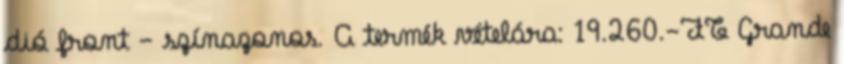
dió front - színazonos. A termék vételára: 19.260.-FT Grande